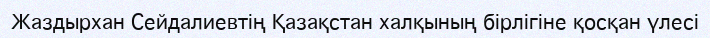
Жаздырхан Сейдалиевтің Қазақстан халқының бірлігіне қосқан үлесі